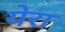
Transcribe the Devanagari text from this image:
येरा